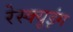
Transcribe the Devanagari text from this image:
रेस्‍क्‍यूइंग